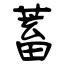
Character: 蓄